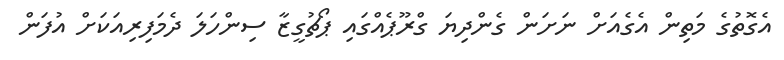
އެގޮތުގެ މަތިން އެގެއަށް ނަށަން ގެންދިޔަ ގްރޫޕެއްގައި ޕޯޗުގީޒާ ސިންހަލަ ދެމަފިރިއަކަށް އުފަން